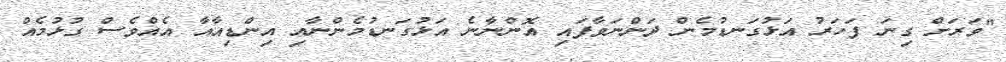
"ވަރަށް ގިނަ ފަހަރު އަޅުގަނޑުމެން ދަންނަވާފައި އޮންނާނެ އަޅުގަނޑުމެންނާއި އިންޑިއާއާ އެއްވެސް ގުޅުމެއް